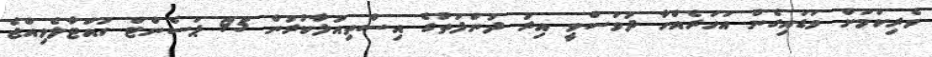
ވެރިކަމަށް ވަޑައިގެން އަހަރެއްހާ ދުވަސްވީ އިރު ދުންފަތުގެ އިސްތިއުލާކުރުން 95 ޕަސެންޓް ހުއްޓާލެވިއްޖެ